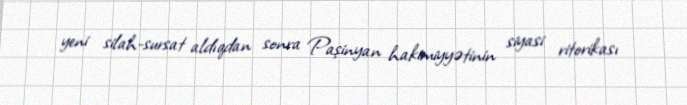
yeni silah-sursat aldıqdan sonra Paşinyan hakimiyyətinin siyasi ritorikası